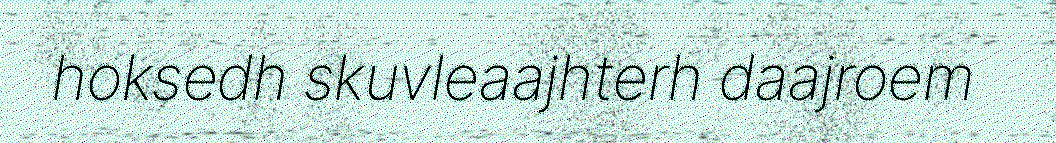
hoksedh skuvleaajhterh daajroem